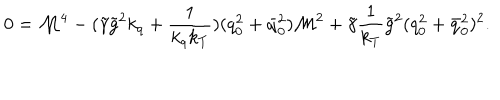
LaTeX: 0 = { \cal M } ^ { 4 } - ( \tilde { \gamma } \tilde { g } ^ { 2 } k _ { q } + \frac 1 { k _ { q } k _ { T } } ) ( q _ { 0 } ^ { 2 } + \bar { q } _ { 0 } ^ { 2 } ) { \cal M } ^ { 2 } + \tilde { \gamma } \frac 1 { k _ { T } } \tilde { g } ^ { 2 } ( q _ { 0 } ^ { 2 } + \bar { q } _ { 0 } ^ { 2 } ) ^ { 2 } .